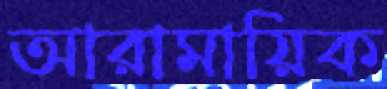
আরামায়িক